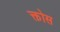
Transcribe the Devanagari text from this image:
क्तोस